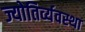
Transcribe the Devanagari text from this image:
ज्योतिर्व्यवस्था